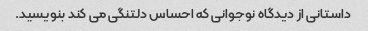
داستانی از دیدگاه نوجوانی که احساس دلتنگی می کند بنویسید.